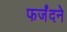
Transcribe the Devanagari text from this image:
फर्जंदने